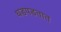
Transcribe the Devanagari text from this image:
धडपडतात